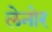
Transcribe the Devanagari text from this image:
लेनोर